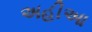
અહીઆ